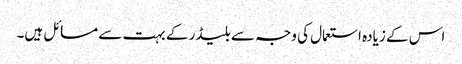
اس کے زیادہ استعمال کی وجہ سے بلیڈر کے بہت سے مسائل ہیں۔